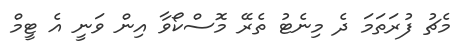
މެޗު ފުރަތަމަ ދެ މިނެޓު ތެރޭ މޮސްކޯވާ އިން ވަނީ އެ ޓީމް